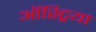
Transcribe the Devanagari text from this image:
ऑस्‍ट्रिया